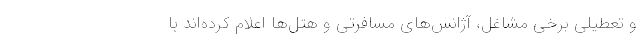
و تعطیلی برخی مشاغل، آژانس‌های مسافرتی و هتل‌ها اعلام کرده‌اند با